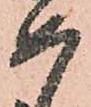
如